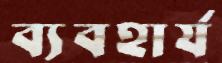
ব্যবহার্য